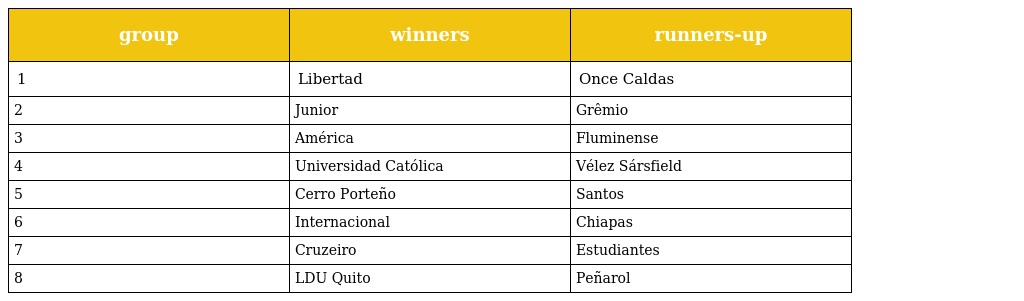
| group | winners | runners-up |
 | --- | --- | --- |
 | 1 | Libertad | Once Caldas |
 | 2 | Junior | Grêmio |
 | 3 | América | Fluminense |
 | 4 | Universidad Católica | Vélez Sársfield |
 | 5 | Cerro Porteño | Santos |
 | 6 | Internacional | Chiapas |
 | 7 | Cruzeiro | Estudiantes |
 | 8 | LDU Quito | Peñarol |